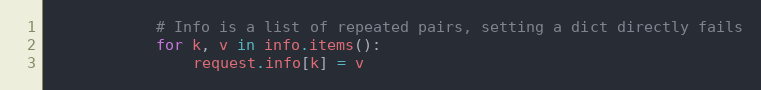
Language: Python
            # Info is a list of repeated pairs, setting a dict directly fails
            for k, v in info.items():
                request.info[k] = v